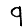
Digit: 9